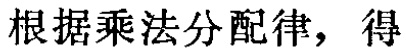
根据乘法分配律，得